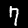
Label: 7